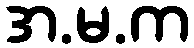
အ.မ.က